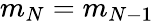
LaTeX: m_{N}=m_{N-1}